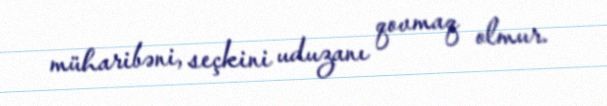
müharibəni, seçkini uduzanı qovmaq olmur.